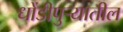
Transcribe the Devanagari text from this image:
धोंडीपुर्‍यातील